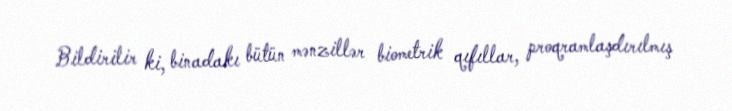
Bildirilir ki, binadakı bütün mənzillər biometrik qıfıllar, proqramlaşdırılmış